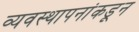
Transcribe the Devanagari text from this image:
व्यवस्थापनांकडून